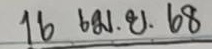
16 เม.ย. 68